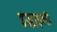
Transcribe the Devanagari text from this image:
इज़्राइली